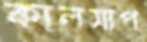
কালসাপ